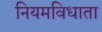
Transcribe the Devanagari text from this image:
नियमविधाता